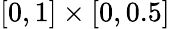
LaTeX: [0,1]\times[0,0.5]